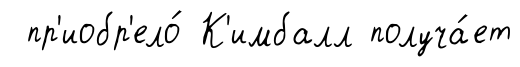
пр'иобр'ело́ К'имбалл получа́ет